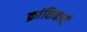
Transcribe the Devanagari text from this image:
क्रांकिकारी